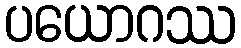
ပယောဂဿ